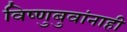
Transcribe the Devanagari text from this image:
विष्णुबुवांनाही